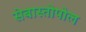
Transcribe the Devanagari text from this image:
सेबास्तोपोल